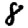
Digit: 8